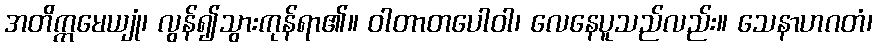
အတိက္ကမေယျုံ၊ လွန်၍သွားကုန်ရာ၏။ ဝါတာတပေါဝါ၊ လေနေပူသည်လည်း။ သေနာဟဂတံ၊